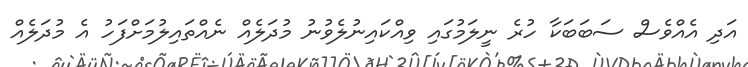
އަދި އެއްވެސް ސަބަބަކާ ހުރެ ނީލަމުގައި ވިއްކައިނުލެވުނު މުދަލެއް ނެއްތައިލުމަށްފަހު އެ މުދަލެއް